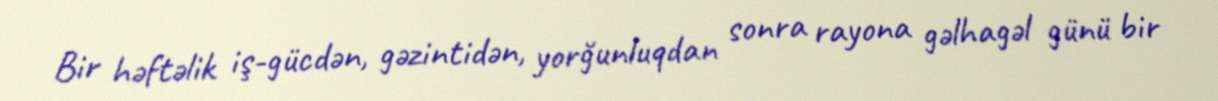
Bir həftəlik iş-gücdən, gəzintidən, yorğunluqdan sonra rayona gəlhagəl günü bir